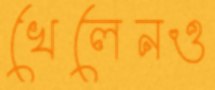
খেলেনও